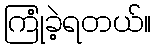
ကြုံခဲ့ရတယ်။